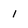
Character: l